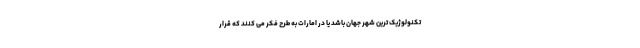
تکنولوژیک ترین شهر جهان باشد یا در امارات به طرح فکر می کنند که قرار